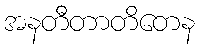
အနတီတာတိတေန